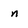
Character: n